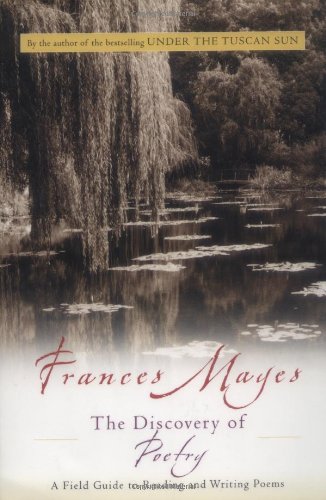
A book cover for The Discovery of Poetry: A Field Guide to Reading and Writing Poems; Frances Mayes; Literature & Fiction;